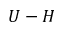
U - H